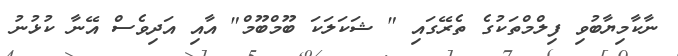
ނާކާމިޔާބުވި ފިލްމްތަކުގެ ތެރޭގައި " ޝަކަލަކަ ބޫމްބޫމް" އާއި އަދިވެސް އޭނާ ކުޅުނު